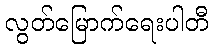
လွတ်မြောက်ရေးပါတီ